Report on horse surra - Volume I
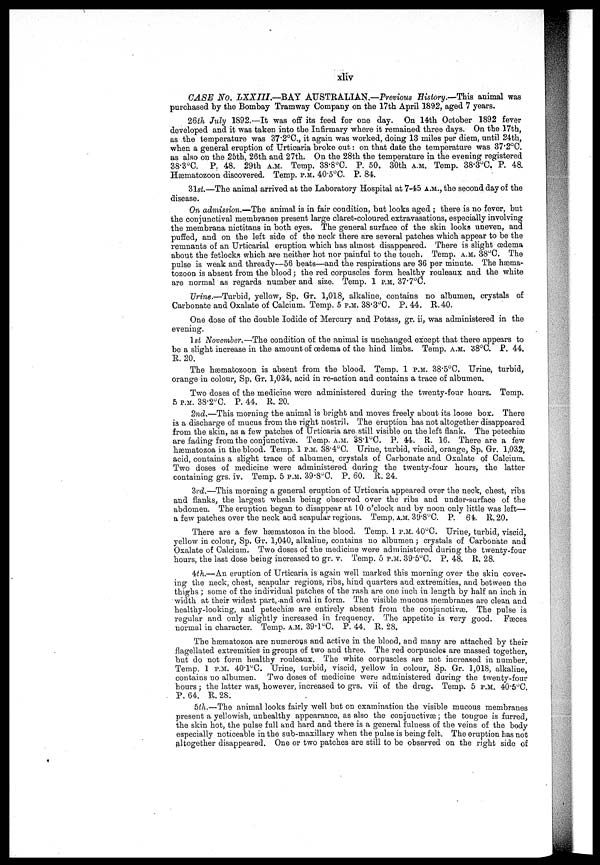
xliv
CASE No. LXXIII.—BAY
AUSTRALIAN.—Previous History.—This animal was
purchased by the Bombay Tramway Company on the 17th April 1892, aged 7 years.
26th July 1892.—It was off its feed for one day. On 14th October 1892 fever
developed and it was taken into the Infirmary where it remained three days. On the 17th,
as the temperature was 37.2°C, it again was worked, doing 13 miles per diem, until 24th,
when a general eruption of Urticaria broke out: on that date the temperature was 37.2°C.
as also on the 25th, 26th and 27th. On the 28th the temperature in the evening registered
38.3°C. P. 48. 29th A.M. Temp. 38.8°C. P. 50. 30th A.M. Temp. 38.3°C. P. 48.
Hærnatozoon discovered. Temp. P.M. 40.5°C. P. 84.
31st.—The animal arrived at the Laboratory Hospital at 7.45 A.M., the second day of the
disease.
On admission.—The animal is in fair condition, but looks aged ; there is no fever, but
the conjunctival membranes present large claret-coloured extravasations, especially involving
the membrana nictitans3 in both eyes. The general surface of the skin looks uneven, and
puffed, and on the left side of the neck there are several patches which appear to be the
remnants of an Urticarial eruption which has almost disappeared. There is slight œdema
about the fetlocks which are neither hot nor painful to the touch. Temp, A.M. 38°C. The
pulse is weak and thready—56 beats—and the respirations are 36 per minute. The hæma-
tozoon is absent from the blood; the red corpuscles form healthy rouleaux and the white
are normal as regards number and size. Temp. 1 P.M. 37.7°C.
Urine.—Turbid, yellow, Sp. Gr. 1,018, alkaline, contains no albumen, crystals of
Carbonate and Oxalate of Calcium. Temp. 5 P.M. 38.3°C. P. 44. R.40.
One dose of the double Iodide of Mercury and Potass, gr. ii, was administered in the
evening.
1st November.—The condition of the animal is unchanged except that there appears to
be a slight increase in the amount of oedema of the hind limbs. Temp. A.M. 38°C. P. 44.
R. 20.
The hæmaoozoon is absent from the blood. Temp, 1 P.M. 38.5°C. Urine, turbid,
orange in colour, Sp. Gr, 1,034, acid in re-action and contains a trace of albumen.
Two doses of the medicine were administered during the twenty-four hours. Temp.
5 P.M. 38.2°C. P. 44. R. 20.
2nd.—This morning the animal is bright and moves freely about its loose box. There
is a discharge of mucus from the right nostril. The eruption has not altogether disappeared
from the skin, as a few patches of Urticaria are still visible on the left flank. The petechiæ
are fading from the conjunctivæ. Temp. A.M. 38 . 1°C. P. 44. R. 16. There are a few
hæmatozoa in the blood. Temp. 1 P.M. 38.4°C. Urine, turbid, viscid, orange, Sp, Gr. 1,032,
acid, contains a slight trace of albumen, crystals of Carbonate and Oxalate of Calcium.
Two doses of medicine were administered during the twenty four hours, the latter
containing grs. iv. Temp. 5 P.M. 39.8°C. P. 60. R. 24.
3rd.—This morning a general eruption of Urticaria appeared over the neck, chest, ribs
and flanks, the largest wheals being observed over the ribs and under-surface of the
abdomen. The eruption began to disappear at 10 o'clock and by noon only little was left—
a few patches over the neck and scapular regions. Temp. A.M. 39.8°C. P. 64. R. 20.
There are a few hæmatozoa in the blood. Temp. 1 P.M. 40°C. Urine, turbid, viscid,
yellow in colour, Sp. Gr. 1,040, alkaline, contains no albumen; crystals of Carbonate and
Oxalate of Calcium. Two doses of the medicine were administered during the twenty-four
hours, the last dose being increased to gr. v. Temp. 5 P.M. 39.5°C. P. 48. R. 28.
4th.—An eruption of Urticaria is again well marked this morning over the skin cover-
ing the neck, chest, scapular regions, ribs, hind quarters and extremities, and between the
thighs ; some of the individual patches of the rash are one inch in length by half an inch in
width at their widest part,-and oval in form. The visible mucous membranes are clean and
healthy-looking, and petechiæ are entirely absent from the conjunctiva). The pulse is
regular and only slightly increased in frequency. The appetite is very good. Fæces
normal in character. Temp. A.M. 39.1°C. P. 44. R. 28.
The hæmatozoa are numerous and active in the blood, and many are attached by their
flagellated extremities in groups of two and three. The red corpuscles are massed together
but do not form healthy rouleaux. The white corpuscles are not increased in number.
Temp. 1 P.M. 40.l°C. Urine, turbid, viscid, yellow in colour, Sp. Gr. 1,018, alkaline,
contains no albumen. Two doses of medicine were administered during the twenty-four
hours; the latter was, however, increased to grs. vii of the drug. Temp. 5 P.M 40.5°C
P. 64. R. 28.
5th.—The animal looks fairly well but on examination the visible mucous membranes
present a yellowish, unhealthy appearance, as also the conjunctivæ; the tongue is furred
the skin hot, the pulse full and hard and there is a general fulness of the veins of the body
especially noticeable in the sub-maxillary when the pulse is being felt. The eruption has not
altogether disappeared. One or two patches are still to be observed on the right side of